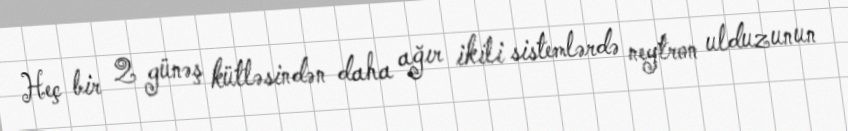
Heç bir 2 günəş kütləsindən daha ağır ikili sistemlərdə neytron ulduzunun